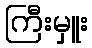
ကြီးမှူး